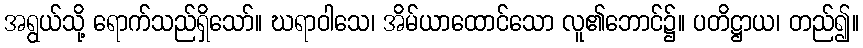
အရွယ်သို့ ရောက်သည်ရှိသော်။ ဃရာဝါသေ၊ အိမ်ယာထောင်သော လူ၏ဘောင်၌။ ပတိဋ္ဌာယ၊ တည်၍။